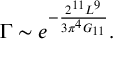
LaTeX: \Gamma \sim e ^ { - \frac { 2 ^ { 1 1 } L ^ { 9 } } { 3 \pi ^ { 4 } G _ { 1 1 } } } .